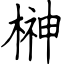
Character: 榊